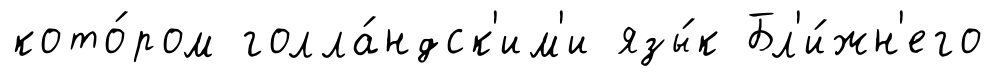
кото́ром голла́ндск'им'и язы́к Бл'и́жн'его